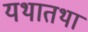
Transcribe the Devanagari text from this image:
यथातथा